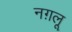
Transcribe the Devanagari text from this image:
नग़लू